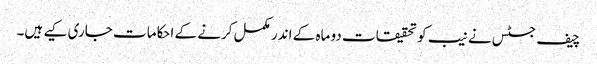
چیف جسٹس نے نیب کو تحقیقات دو ماہ کے اندر مکمل کرنے کے احکامات جاری کیے ہیں۔